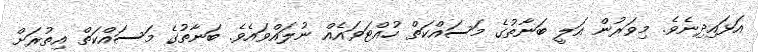
އަޅައިދިނެވެ. މިވަރުން އަލީ ބަނާތުގެ މަސައްކަތް ހުއްޓަވައެއް ނުލައްވައެވެ. ބަނާތުގެ މަސައްކަތް އިތުރަށް